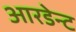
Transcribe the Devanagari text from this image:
आरडेन्ट